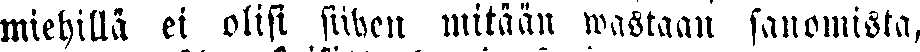
miehillä ei olisi suken mitään wastaan sanomista,